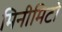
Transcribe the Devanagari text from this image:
मिनीमिटो